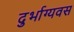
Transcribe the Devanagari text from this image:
दुर्भाग्यवस